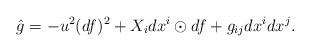
LaTeX: \begin{align*}\hat g=-u^2(df)^2+X_idx^i\odot df+g_{ij}dx^idx^j.\end{align*}